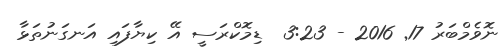
ނޮވެމްބަރު 17